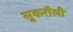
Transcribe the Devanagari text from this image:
सुकरौली